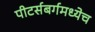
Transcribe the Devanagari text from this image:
पीटर्सबर्गमध्येच